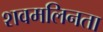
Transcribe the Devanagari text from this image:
शवमलिनता